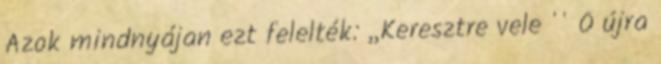
Azok mindnyájan ezt felelték: ,,Keresztre vele '' Ő újra